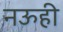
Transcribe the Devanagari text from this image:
नऊही